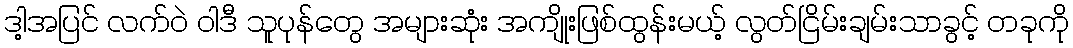
ဒါ့အပြင် လက်ဝဲ ဝါဒီ သူပုန်တွေ အများဆုံး အကျိုးဖြစ်ထွန်းမယ့် လွတ်ငြိမ်းချမ်းသာခွင့် တခုကို